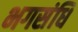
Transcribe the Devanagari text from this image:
भगसंधि